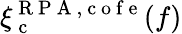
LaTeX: \xi_{\mathrm{~c~}}^{\mathrm{~R~P~A~},\mathrm{~c~o~f~e~}}(f)